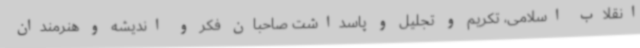
انقلاب اسلامی، تکریم و تجلیل و پاسداشت صاحبان فکر و اندیشه و هنرمندان